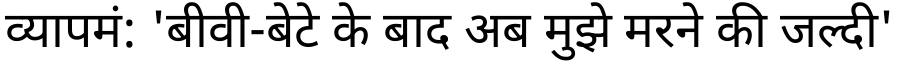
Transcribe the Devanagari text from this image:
व्यापमं: 'बीवी-बेटे के बाद अब मुझे मरने की जल्दी'